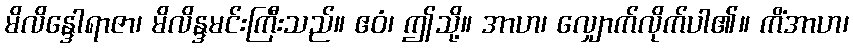
မိလိန္ဒေါရာဇာ၊ မိလိန္ဒမင်းကြီးသည်။ ဧဝံ၊ ဤသို့။ အာဟ၊ လျှောက်လိုက်ပါ၏။ ကိံအာဟ၊